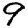
Digit: 9